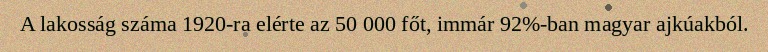
A lakosság száma 1920-ra elérte az 50 000 főt, immár 92%-ban magyar ajkúakból.